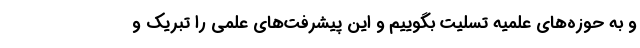
و به حوزه‌های علمیه تسلیت بگوییم و این پیشرفت‌های علمی را تبریک و